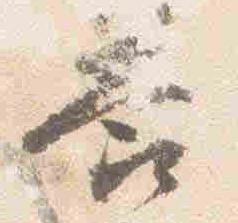
答